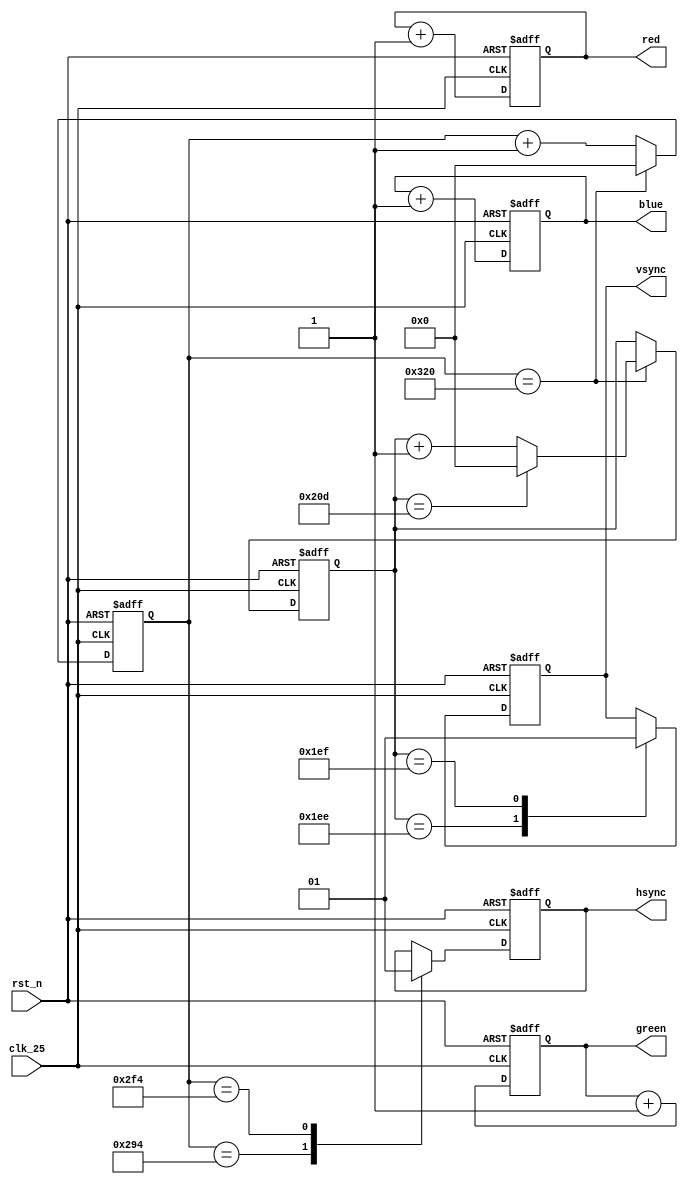
module vga(
   input          clk_25,
   input          rst_n,
   output [4:0]   red,
   output [4:0]   green,
   output [4:0]   blue,
   output         hsync,
   output         vsync
);

   reg   [4:0]    red;
   reg   [4:0]    green;
   reg   [4:0]    blue;
   reg            hsync;
   reg            vsync;

   reg   [10:0]   h_count;
   reg   [10:0]   v_count;
   
   always@(posedge clk_25 or negedge rst_n) begin
      if(!rst_n) begin
         red   <= 0;
         green <= 0;
         blue  <= 0;
         hsync <= 1;
         vsync <= 1;
         h_count <= 0;
         v_count <= 0;
      end else begin

         // SYnc gerneration
         case(h_count)
            11'd660: begin
                        h_count <= h_count + 1;
                        hsync <= 0;
                     end
            11'd756: begin
                        h_count <= h_count + 1;
                        hsync <= 1;
                     end
            11'd800: begin
                        h_count <= 0;
                        if(v_count == 11'd525) begin
                           v_count <= 0;
                        end else begin
                            v_count <= v_count + 1;
                        end
                     end
            default: begin
                        h_count <= h_count + 1;
                     end
         endcase
         case(v_count)
            11'd494: vsync <= 0;
            11'd495: vsync <= 1; 
         endcase


         // Pixel generation
         red   <= red + 1;
         green <= green + 1;
         blue  <= blue + 1;
      end
   end

endmodule